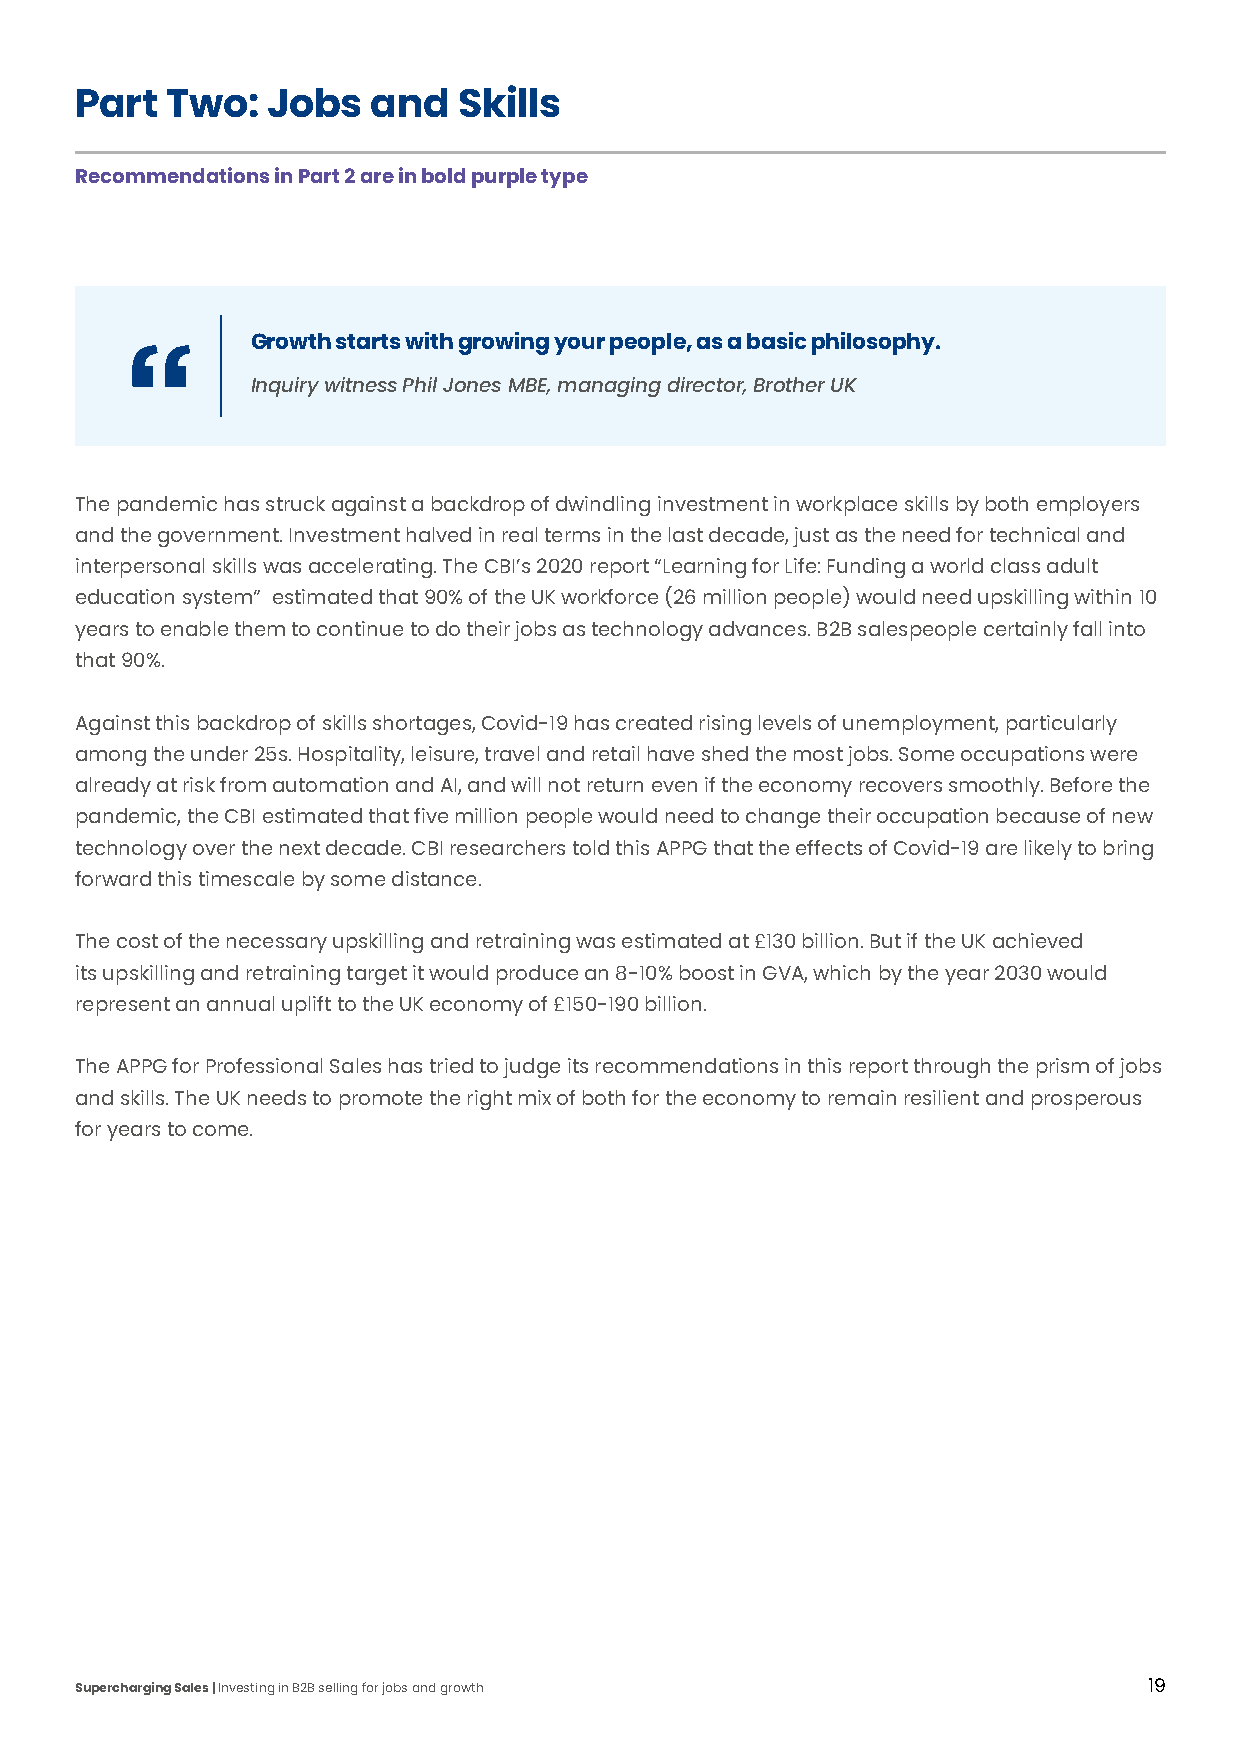
Part  Two:   Jobs  and   Skills
 Recommendations in Part 2 are in bold purple type
 Growth starts with growing your people, as a basic philosophy.
 Inquiry witness Phil Jones MBE, managing director, Brother UK
 The pandemic has struck against a backdrop of dwindling investment in workplace skills by both employers
 and the government. Investment halved in real terms in the last decade, just as the need for technical and
 interpersonal skills was accelerating. The CBI’s 2020 report “Learning for Life: Funding a world class adult
 education system” estimated that 90% of the UK workforce (26 million people) would need upskilling within 10
 years to enable them to continue to do their jobs as technology advances. B2B salespeople certainly fall into
 that 90%.
 Against this backdrop of skills shortages, Covid-19 has created rising levels of unemployment, particularly
 among the under 25s. Hospitality, leisure, travel and retail have shed the most jobs. Some occupations were
 already at risk from automation and AI, and will not return even if the economy recovers smoothly. Before the
 pandemic, the CBI estimated that five million people would need to change their occupation because of new
 technology over the next decade. CBI researchers told this APPG that the effects of Covid-19 are likely to bring
 forward this timescale by some distance.
 The cost of the necessary upskilling and retraining was estimated at £130 billion. But if the UK achieved
 its upskilling and retraining target it would produce an 8-10% boost in GVA, which by the year 2030 would
 represent an annual uplift to the UK economy of £150-190 billion.
 The APPG for Professional Sales has tried to judge its recommendations in this report through the prism of jobs
 and skills. The UK needs to promote the right mix of both for the economy to remain resilient and prosperous
 for years to come.
 Supercharging Sales | Investing in B2B selling for jobs and growth     19